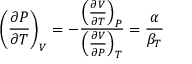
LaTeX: \left( { \frac { \partial P } { \partial T } } \right) _ { V } = - { \frac { \left( { \frac { \partial V } { \partial T } } \right) _ { P } } { \left( { \frac { \partial V } { \partial P } } \right) _ { T } } } = { \frac { \alpha } { \beta _ { T } } }